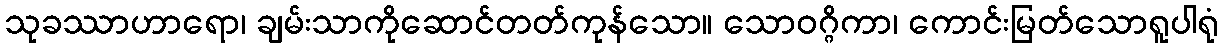
သုခဿာဟာရော၊ ချမ်းသာကိုဆောင်တတ်ကုန်သော။ သောဝဂ္ဂိကာ၊ ကောင်းမြတ်သောရူပါရုံ